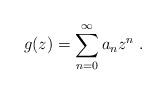
LaTeX: \begin{align*}g(z) = \sum_{n=0}^{\infty}a_n z^n\ .\end{align*}